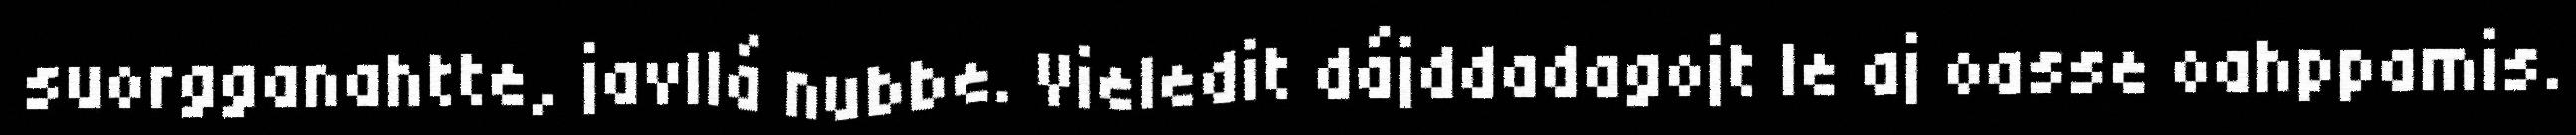
suorgganahtte, javllá nubbe. Vieledit dájddadagojt le aj oasse oahppamis.